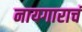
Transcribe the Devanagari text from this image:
नायगाराचं